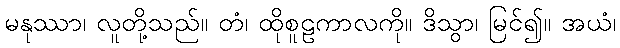
မနုဿာ၊ လူတို့သည်။ တံ၊ ထိုစူဠကာလကို။ ဒိသွာ၊ မြင်၍။ အယံ၊